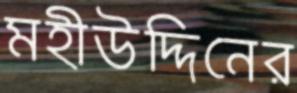
মহীউদ্দিনের